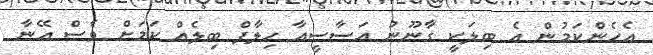
އެހެންކަމުން އެ ބިލަކީ ގާނޫނު އަސާސީއާ ހިލާފް ބިލެއް ކަމަށް ވެސް އޭނާ